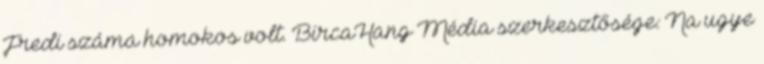
Fredi száma homokos volt. BircaHang Média szerkesztősége: Na ugye